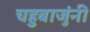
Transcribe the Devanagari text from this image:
चहुबाजुंनी